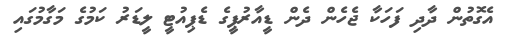
އެގޮތުން ދާދި ފަހަކާ ޖެހެން ދެން ޑީއާރުޕީގެ ޑެޕިއުޓީ ލީޑަރު ކަމުގެ މަގާމުގައި